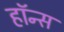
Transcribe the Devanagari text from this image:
हॉन्स